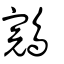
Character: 鵍